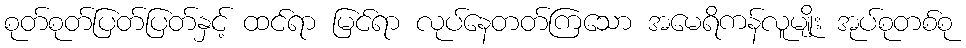
စုတ်စုတ်ပြတ်ပြတ်နှင့် ထင်ရာ မြင်ရာ လုပ်နေတတ်ကြသော အမေရိကန်လူမျိုး အုပ်စုတစ်စု